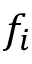
f _ { i }